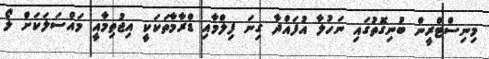
މިނިސްޓްރީން ބުނިގޮތުގައި ނަހުލާ އުފައްދާ ގިނަ ފިލްމާއި ޑްރާމާތަކަކީ އިޖުތިމާއީ މައްސަލަކަށް ލޯ